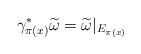
LaTeX: \begin{align*}\gamma_{\pi(x)}^\ast \widetilde{\omega}=\widetilde{\omega}|_{E_{\pi(x)}}\end{align*}